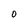
Character: 0